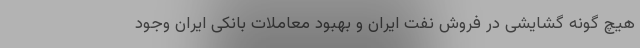
هیچ گونه گشایشی در فروش نفت ایران و بهبود معاملات بانکی ایران وجود